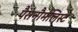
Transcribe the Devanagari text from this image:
पैरानौर्मलिस्ट